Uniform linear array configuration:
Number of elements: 4
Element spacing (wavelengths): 1
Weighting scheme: exponential
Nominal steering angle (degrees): -30
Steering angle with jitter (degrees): -30.21
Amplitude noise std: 0.05
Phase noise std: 0.05

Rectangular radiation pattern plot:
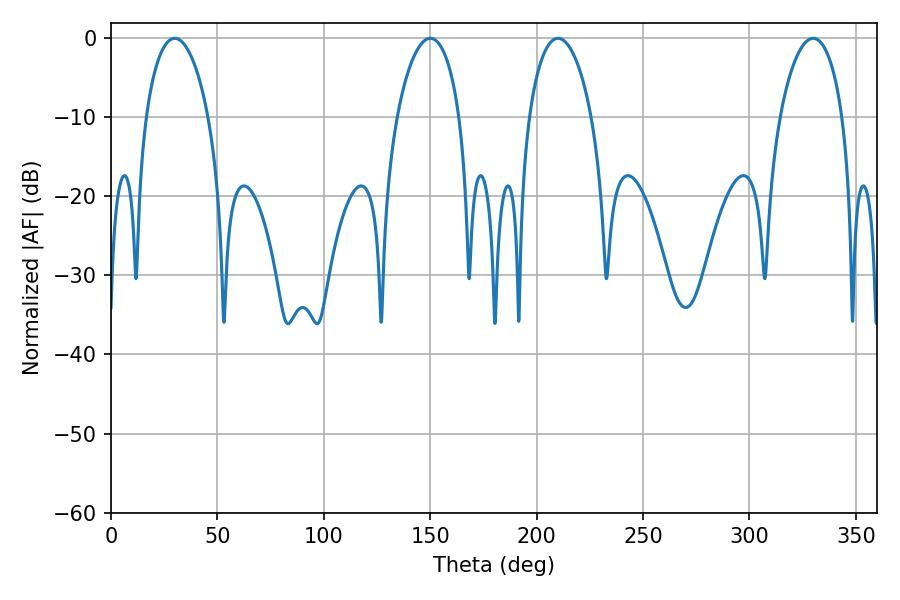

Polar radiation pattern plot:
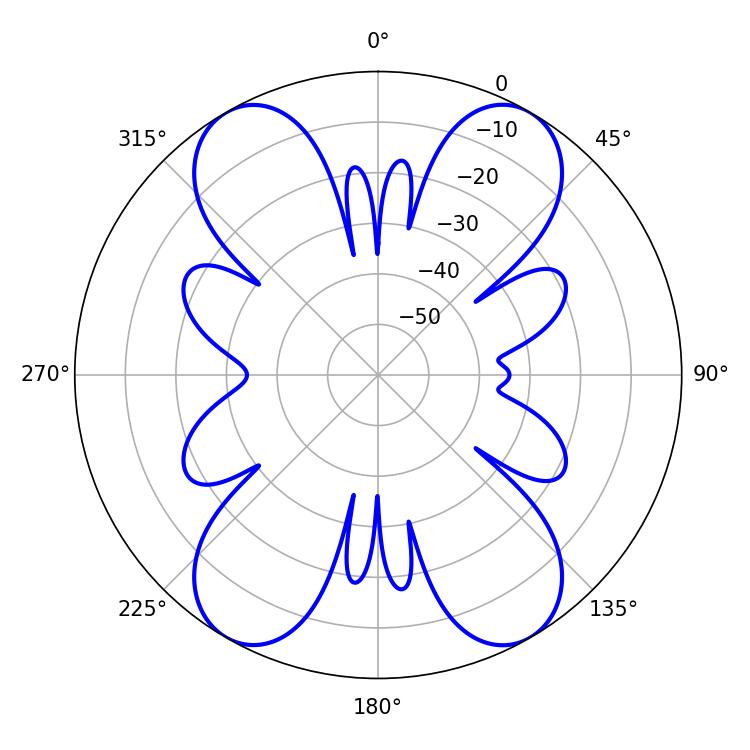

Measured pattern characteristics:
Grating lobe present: TRUE
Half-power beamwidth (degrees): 16.74
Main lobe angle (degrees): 210.06